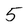
Character: 5